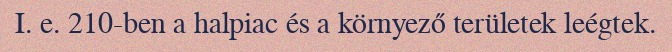
I. e. 210-ben a halpiac és a környező területek leégtek.